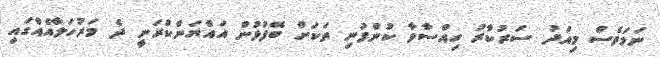
ނަމަވެސް މިއަދު ސަރުކާރު ހިއްސާވާ ކުންފުނި ތަކަށް ބޭފުޅުން އައްޔަންކުރަނީ ދެ މަރުހަލާއެއްގައި